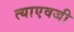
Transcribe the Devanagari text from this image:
त्याएवजी